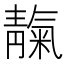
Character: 靝